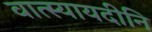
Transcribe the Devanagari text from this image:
वात्स्यायदीनि